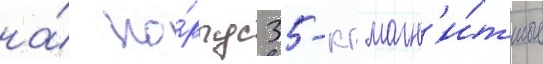
на́ ко́рпус 35-кг магн'и́тные